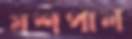
যশপাল